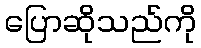
ပြောဆိုသည်ကို